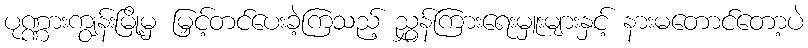
ပုဏ္ဏားကျွန်းမြို့မှ မြှင့်တင်ပေးခဲ့ကြသည့် ညွှန်ကြားရေးမှူးများနှင့် နားမတောင်တော့ပဲ